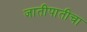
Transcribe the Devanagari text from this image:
जातीपातीचा